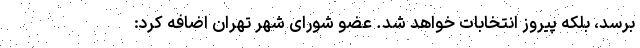
برسد، بلکه پیروز انتخابات خواهد شد. عضو شورای شهر تهران اضافه کرد: